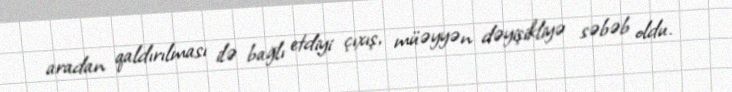
aradan qaldırılması ilə bağlı etdiyi çıxış, müəyyən dəyişikliyə səbəb oldu.